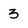
Character: 3